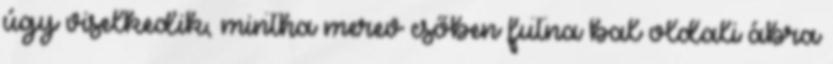
úgy viselkedik, mintha merev csőben futna bal oldali ábra